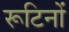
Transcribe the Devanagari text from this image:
रूटिनों